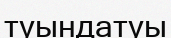
туындатуы